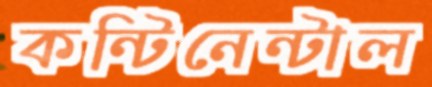
কন্টিনেন্টাল